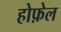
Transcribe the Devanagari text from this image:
होफ़ेल